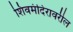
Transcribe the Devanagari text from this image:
शिवमंदिरावरील